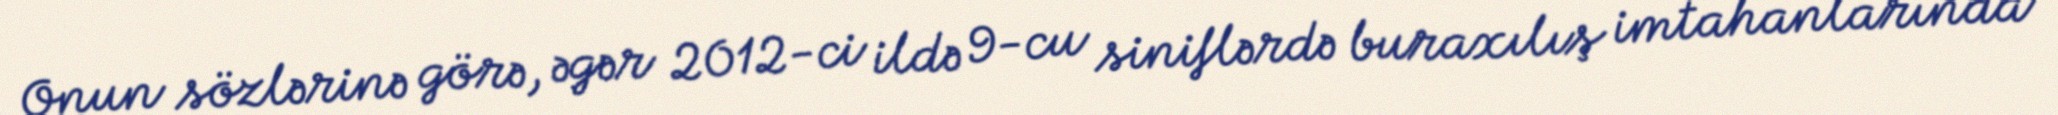
Onun sözlərinə görə, əgər 2012-ci ildə 9-cu siniflərdə buraxılış imtahanlarında